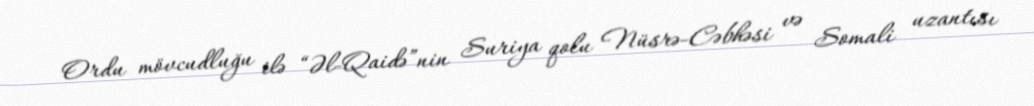
Ordu mövcudluğu ilə “Əl-Qaidə”nin Suriya qolu Nüsrə-Cəbhəsi və Somali uzantısı